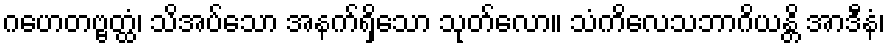
ဂဟေတဗ္ဗတ္ထံ၊ သိအပ်သော အနက်ရှိသော သုတ်လော။ သံကိလေသဘာဂိယန္တိ အာဒီနံ၊